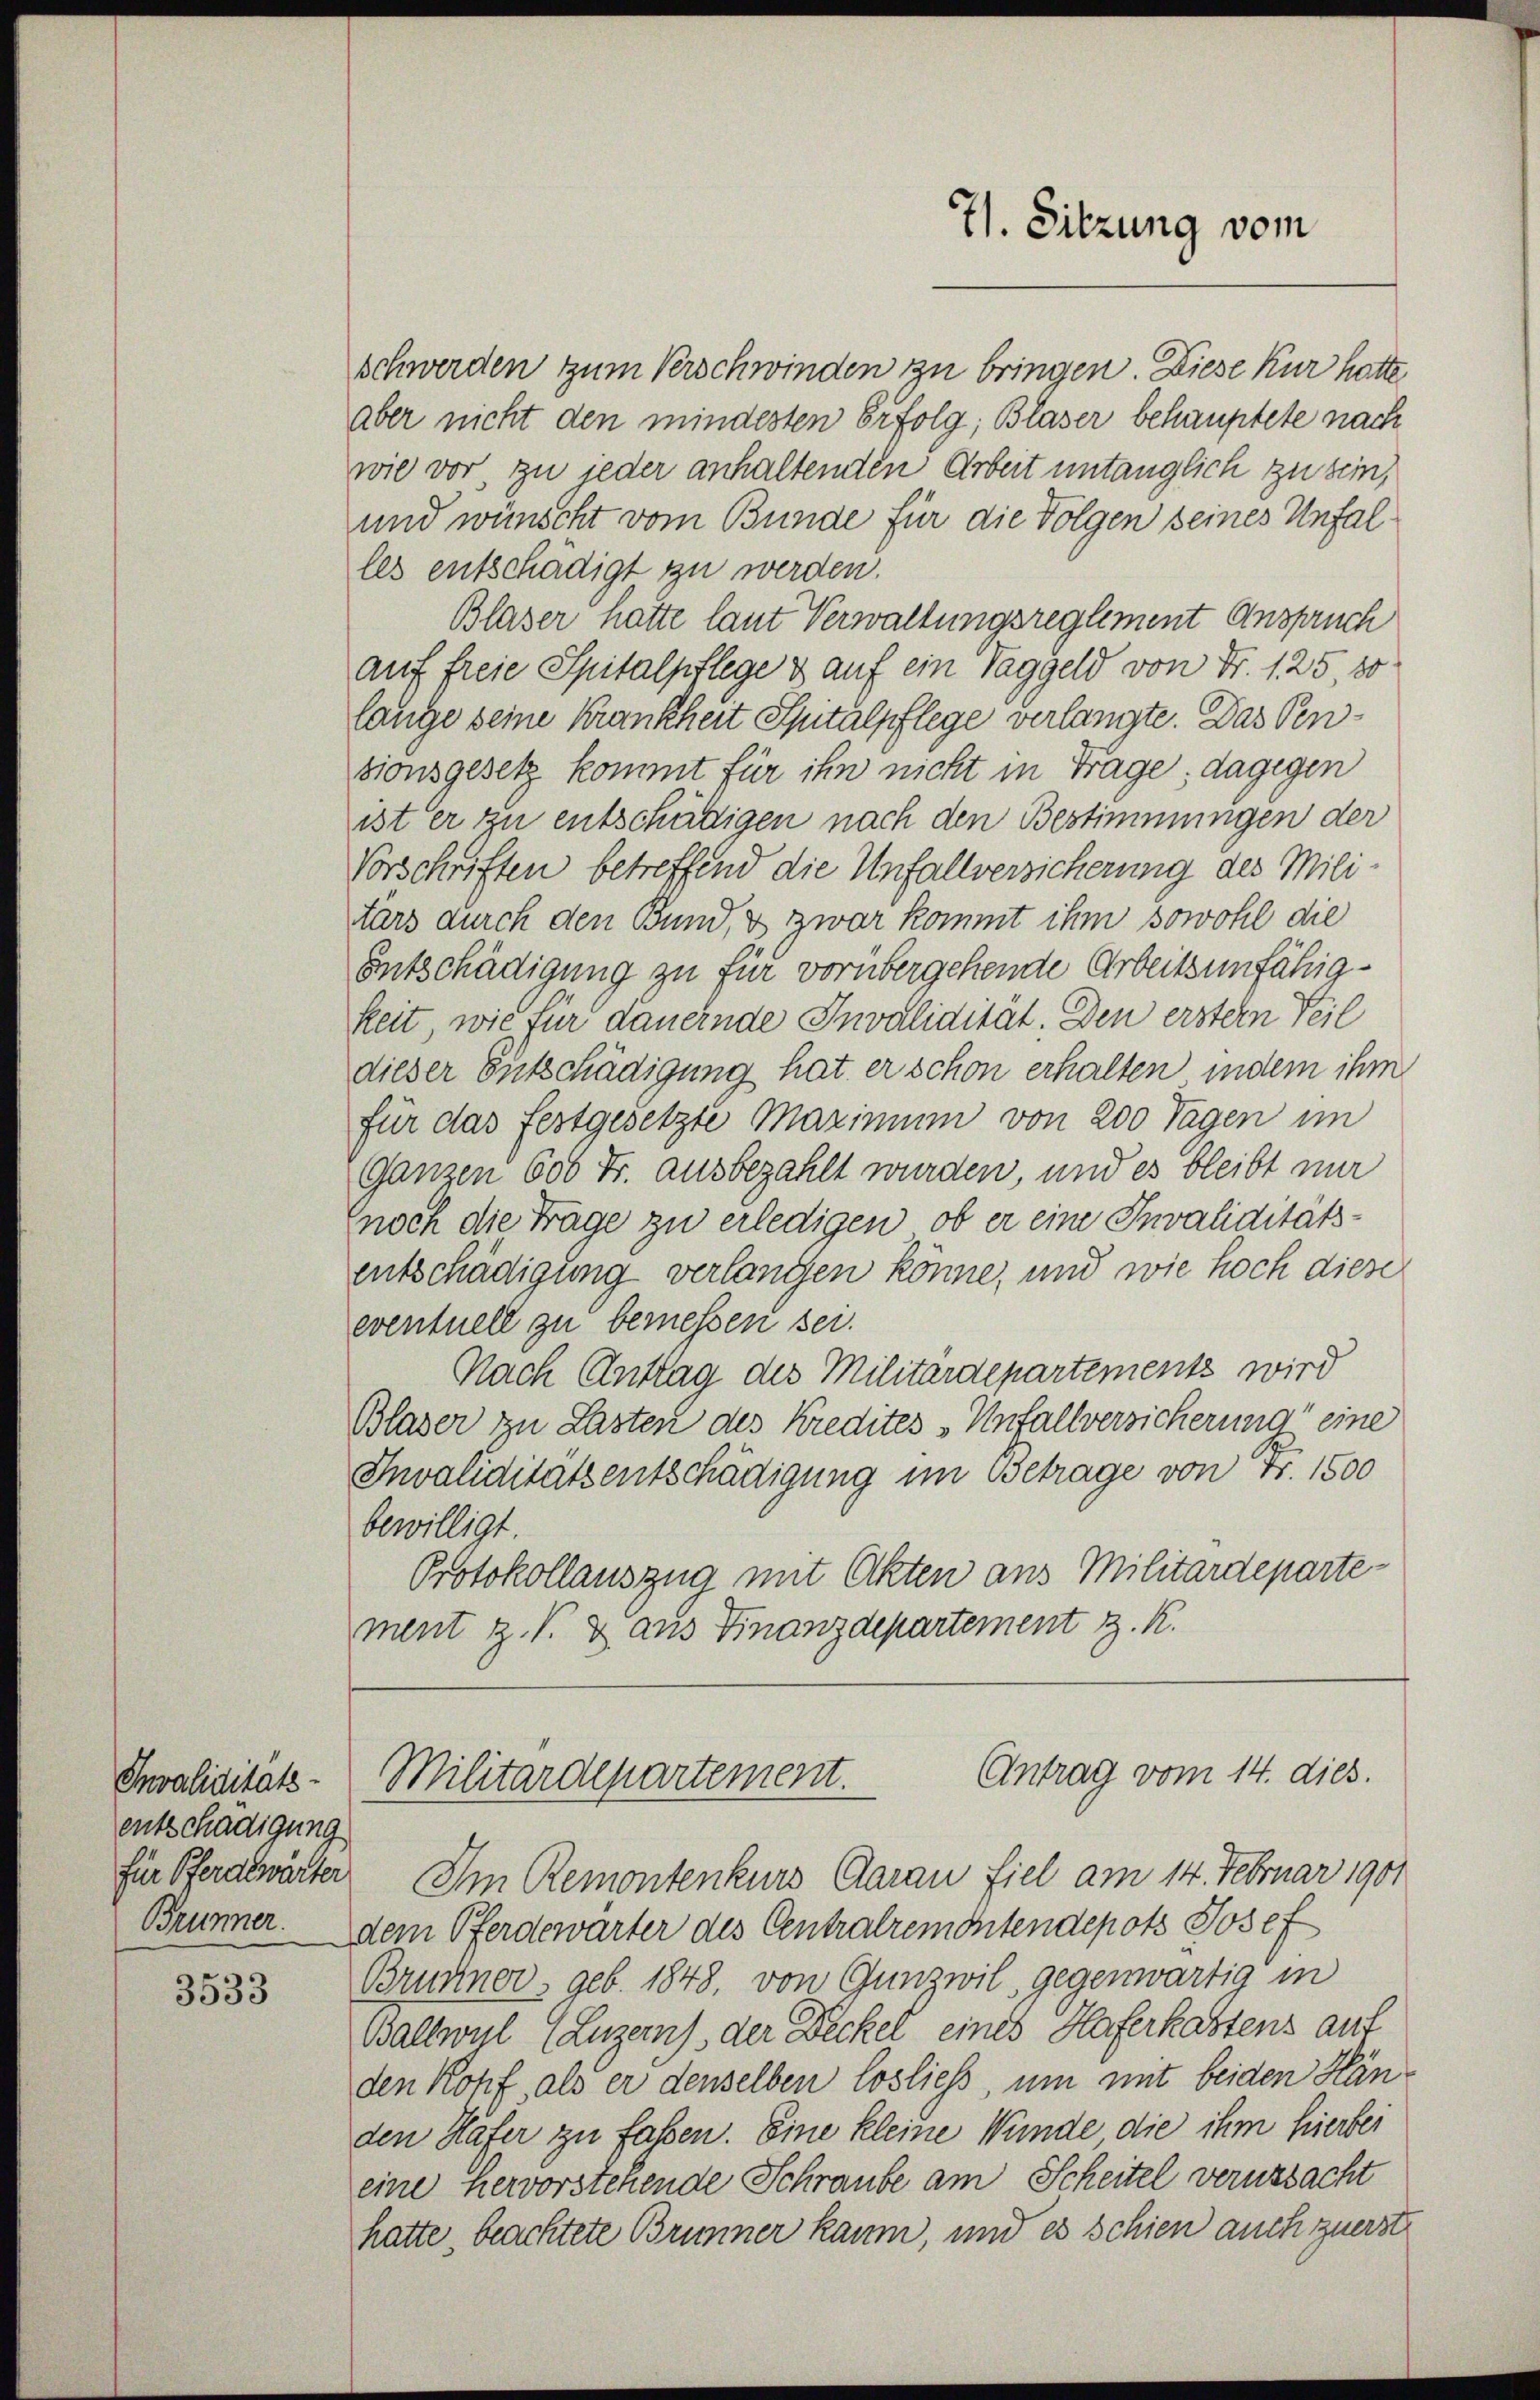
Invaliditäts-
entschädigung
Brünner.

3533

schwerden zum Verschwinden zu bringen. Diese Kur hatte
aber nicht den mindesten Erfolg; Blaser behauptete nach
wie vor, zu jeder anhaltenden Arbeit untauglich zu sein,
und wünscht vom Bunde für die Folgen seines Unfalles entschädigt zu werden.
Blaser hatte laut Verwaltungsreglement Anspruch
auf freie Spitalpflege & auf ein Taggeld von Nr. 125, so
lange seine Krankheit Spitalpflege verlangte. Das Pensionsgesetz kommt für ihn nicht in Trage; dagegen
ist er zu entschädigen nach den Bestimmungen der
Vorschriften betreffend die Unfallversicherung des Militars durch den Bund, & zwar kommt ihm sowohl die
Entschädigung zu für vorübergehende Arbeitsunfähigkeit, wie für dauernde Invalidität. Den erstern Teil
dieser Entschädigung hat er schon erhalten indem ihm
für das festgesetzte Maximum von 200 Tagen im
Ganzen 600 Fr. ausbezahlt wurden, und es bleibt nur
noch die Träge zu erledigen, ob er eine Invaliditäts-
entschädigung verlangen könne, und wie hoch diese
eventuell zu bemessen sei.
Nach Antrag des Militärdepartementz wird
Blaser zu Lasten des Kredites Unfallversicherung eine
Invaliditätsentschädigung im Betrage von Fr. 1500
bewilligt.
Protokollauszug mit Akten aus Militärdepartement z. B. & aus Finanzdepartement z. K.

71. Sitzung vom

Antrag vom 14. dies.
Militärdepartement.

für Pferdlwärter. Im Remontenkurs daran fiel am 14. Februar 1901
dem Pferdewarter des Centralremontendepots Josef
Brunner, geb. 1848, von Gunz wil, gegenwärtig in
Ballwul (Luzern), der Deckel eines Haferkastens auf
den Kopf, als er denselben losliess, um mit beiden Händen Häfer zu fassen. Eine kleine Wunde die ihm hierbei
eine Hervorstehende Schraube am Scheitel verursacht
hatte, beachtete Brunner kaum, und es schien auch zuerste